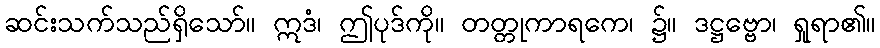
ဆင်းသက်သည်ရှိသော်။ ဣဒံ၊ ဤပုဒ်ကို။ တတ္တုကာရကေ၊ ၌။ ဒဋ္ဌဗ္ဗော၊ ရှုရာ၏။